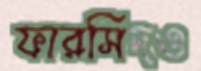
ফারসিদও